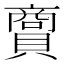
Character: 𧷮